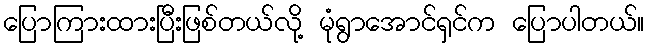
ပြောကြားထားပြီးဖြစ်တယ်လို့ မုံရွာအောင်ရှင်က ပြောပါတယ်။